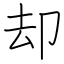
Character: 却